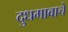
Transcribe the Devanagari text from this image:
दुधगावाचे